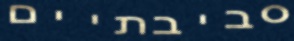
סביבתיים